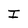
Character: I